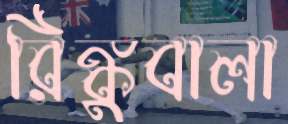
রিঙ্কুবালা